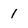
Character: 1